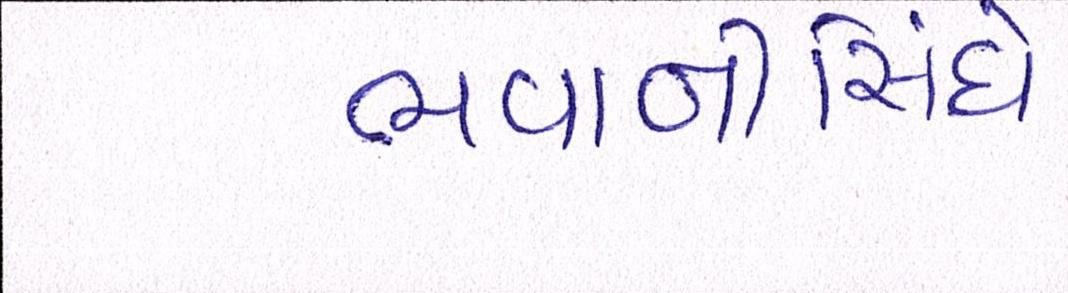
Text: ભવાનીસિંઘે